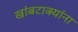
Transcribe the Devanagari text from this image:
खांबटाक्यांना